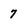
Character: 7